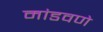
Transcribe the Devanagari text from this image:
मांडवणे